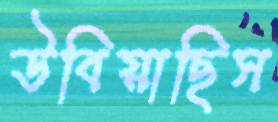
উবিয়াছিস